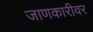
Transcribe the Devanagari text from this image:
जाणकारीवर